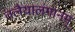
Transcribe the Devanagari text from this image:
तलैयालंगानम्